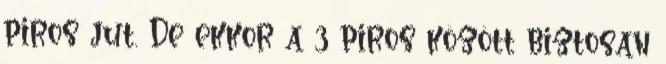
piros jut. De ekkor a 3 piros között biztosan